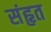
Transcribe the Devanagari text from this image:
संहृत